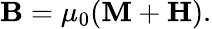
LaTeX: \mathbf{B}=\mu_{0}(\mathbf{M}+\mathbf{H}).